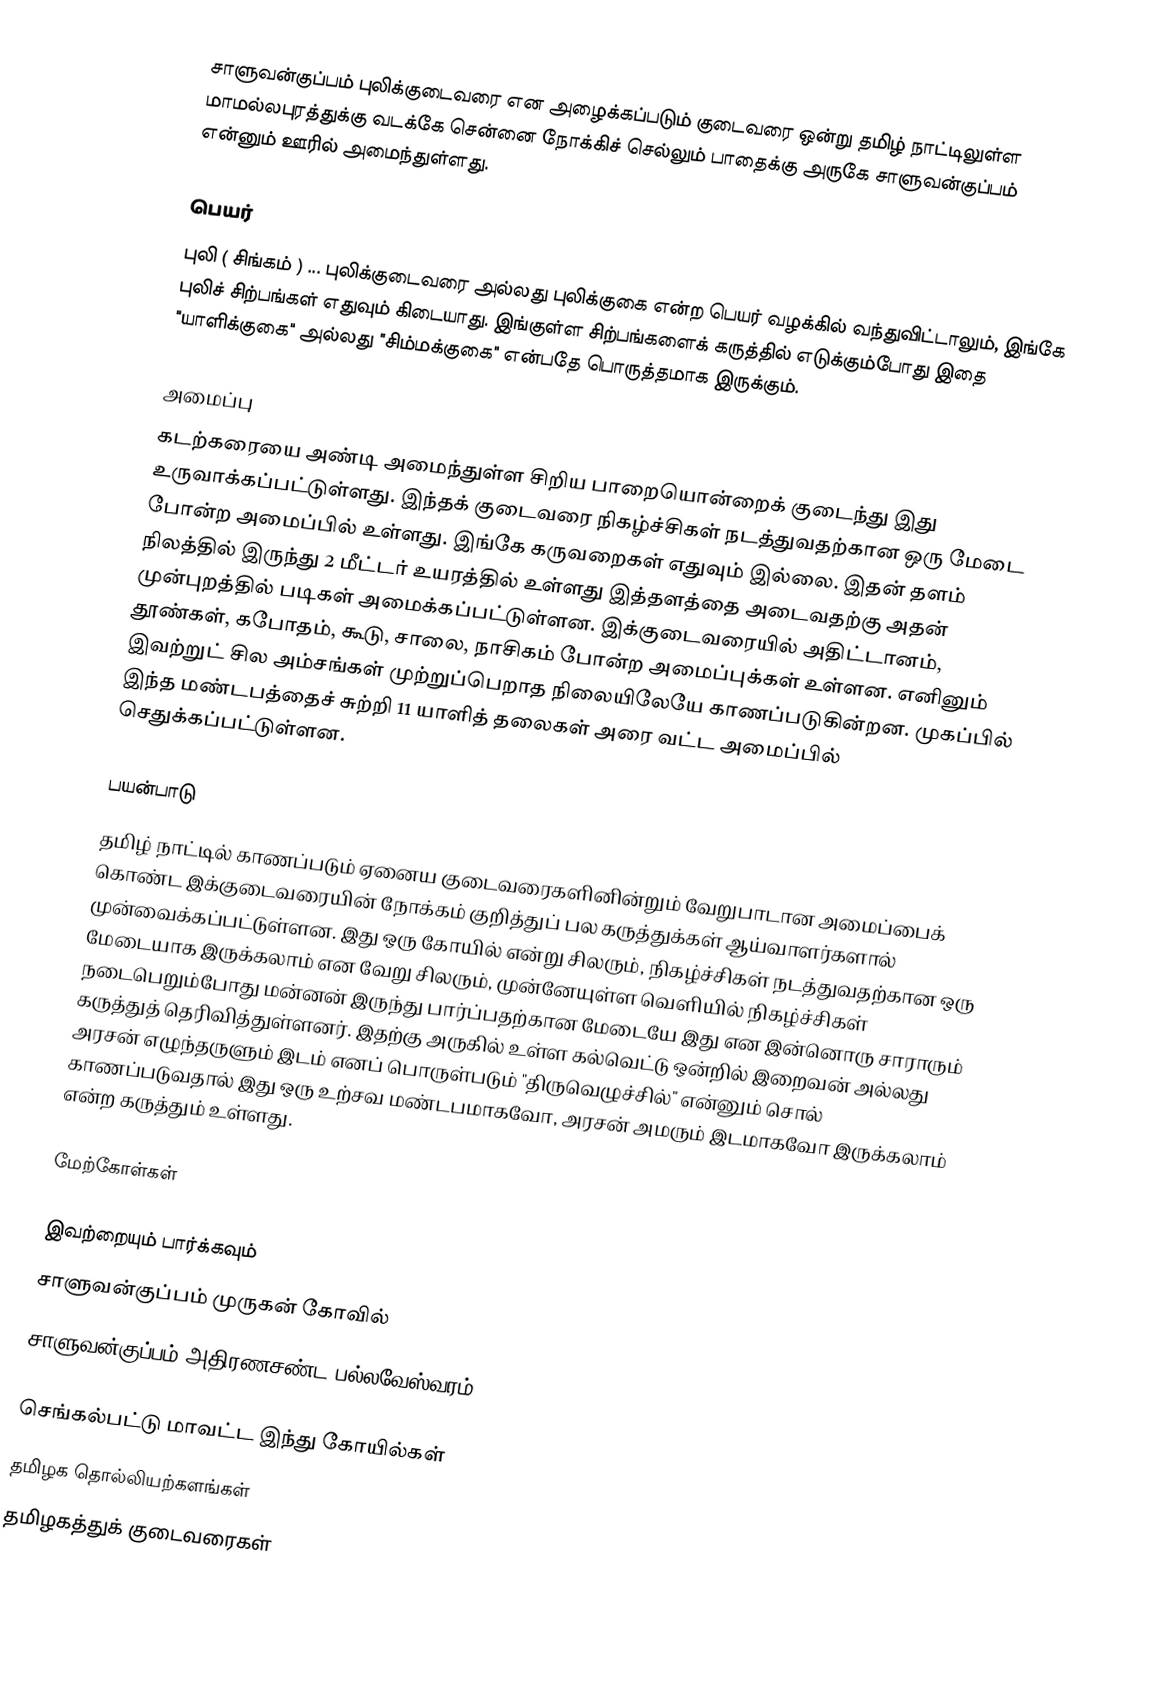
சாளுவன்குப்பம் புலிக்குடைவரை என அழைக்கப்படும் குடைவரை ஒன்று தமிழ் நாட்டிலுள்ள மாமல்லபுரத்துக்கு வடக்கே சென்னை நோக்கிச் செல்லும் பாதைக்கு அருகே சாளுவன்குப்பம் என்னும் ஊரில் அமைந்துள்ளது.

பெயர்
புலி ( சிங்கம் ) ... புலிக்குடைவரை அல்லது புலிக்குகை என்ற பெயர் வழக்கில் வந்துவிட்டாலும், இங்கே புலிச் சிற்பங்கள் எதுவும் கிடையாது. இங்குள்ள சிற்பங்களைக் கருத்தில் எடுக்கும்போது இதை "யாளிக்குகை" அல்லது "சிம்மக்குகை" என்பதே பொருத்தமாக இருக்கும்.

அமைப்பு
கடற்கரையை அண்டி அமைந்துள்ள சிறிய பாறையொன்றைக் குடைந்து இது உருவாக்கப்பட்டுள்ளது. இந்தக் குடைவரை நிகழ்ச்சிகள் நடத்துவதற்கான ஒரு மேடை போன்ற அமைப்பில் உள்ளது. இங்கே கருவறைகள் எதுவும் இல்லை. இதன் தளம் நிலத்தில் இருந்து 2 மீட்டர் உயரத்தில் உள்ளது இத்தளத்தை அடைவதற்கு அதன் முன்புறத்தில் படிகள் அமைக்கப்பட்டுள்ளன. இக்குடைவரையில் அதிட்டானம், தூண்கள், கபோதம், கூடு, சாலை, நாசிகம் போன்ற அமைப்புக்கள் உள்ளன. எனினும் இவற்றுட் சில அம்சங்கள் முற்றுப்பெறாத நிலையிலேயே காணப்படுகின்றன. முகப்பில் இந்த மண்டபத்தைச் சுற்றி 11 யாளித் தலைகள் அரை வட்ட அமைப்பில் செதுக்கப்பட்டுள்ளன.

பயன்பாடு
தமிழ் நாட்டில் காணப்படும் ஏனைய குடைவரைகளினின்றும் வேறுபாடான அமைப்பைக் கொண்ட இக்குடைவரையின் நோக்கம் குறித்துப் பல கருத்துக்கள் ஆய்வாளர்களால் முன்வைக்கப்பட்டுள்ளன. இது ஒரு கோயில் என்று சிலரும், நிகழ்ச்சிகள் நடத்துவதற்கான ஒரு மேடையாக இருக்கலாம் என வேறு சிலரும், முன்னேயுள்ள வெளியில் நிகழ்ச்சிகள் நடைபெறும்போது மன்னன் இருந்து பார்ப்பதற்கான மேடையே இது என இன்னொரு சாராரும் கருத்துத் தெரிவித்துள்ளனர். இதற்கு அருகில் உள்ள கல்வெட்டு ஒன்றில் இறைவன் அல்லது அரசன் எழுந்தருளும் இடம் எனப் பொருள்படும் "திருவெழுச்சில்" என்னும் சொல் காணப்படுவதால் இது ஒரு உற்சவ மண்டபமாகவோ, அரசன் அமரும் இடமாகவோ இருக்கலாம் என்ற கருத்தும் உள்ளது.

மேற்கோள்கள்

இவற்றையும் பார்க்கவும்
சாளுவன்குப்பம் முருகன் கோவில்
 சாளுவன்குப்பம் அதிரணசண்ட பல்லவேஸ்வரம்

செங்கல்பட்டு மாவட்ட இந்து கோயில்கள்
தமிழக தொல்லியற்களங்கள்
தமிழகத்துக் குடைவரைகள்